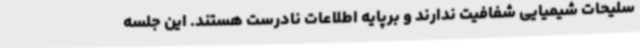
سلیحات شیمیایی شفافیت ندارند و برپایه اطلاعات نادرست هستند. این جلسه